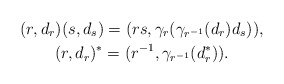
\begin{gather*}(r,d_r)(s,d_s)=(rs,\gamma_r(\gamma_{r^{-1}}(d_r)d_s)),\\(r,d_r)^*=(r^{-1},\gamma_{r^{-1}}(d^*_r)).\end{gather*}